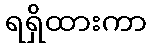
ရရှိထားကာ